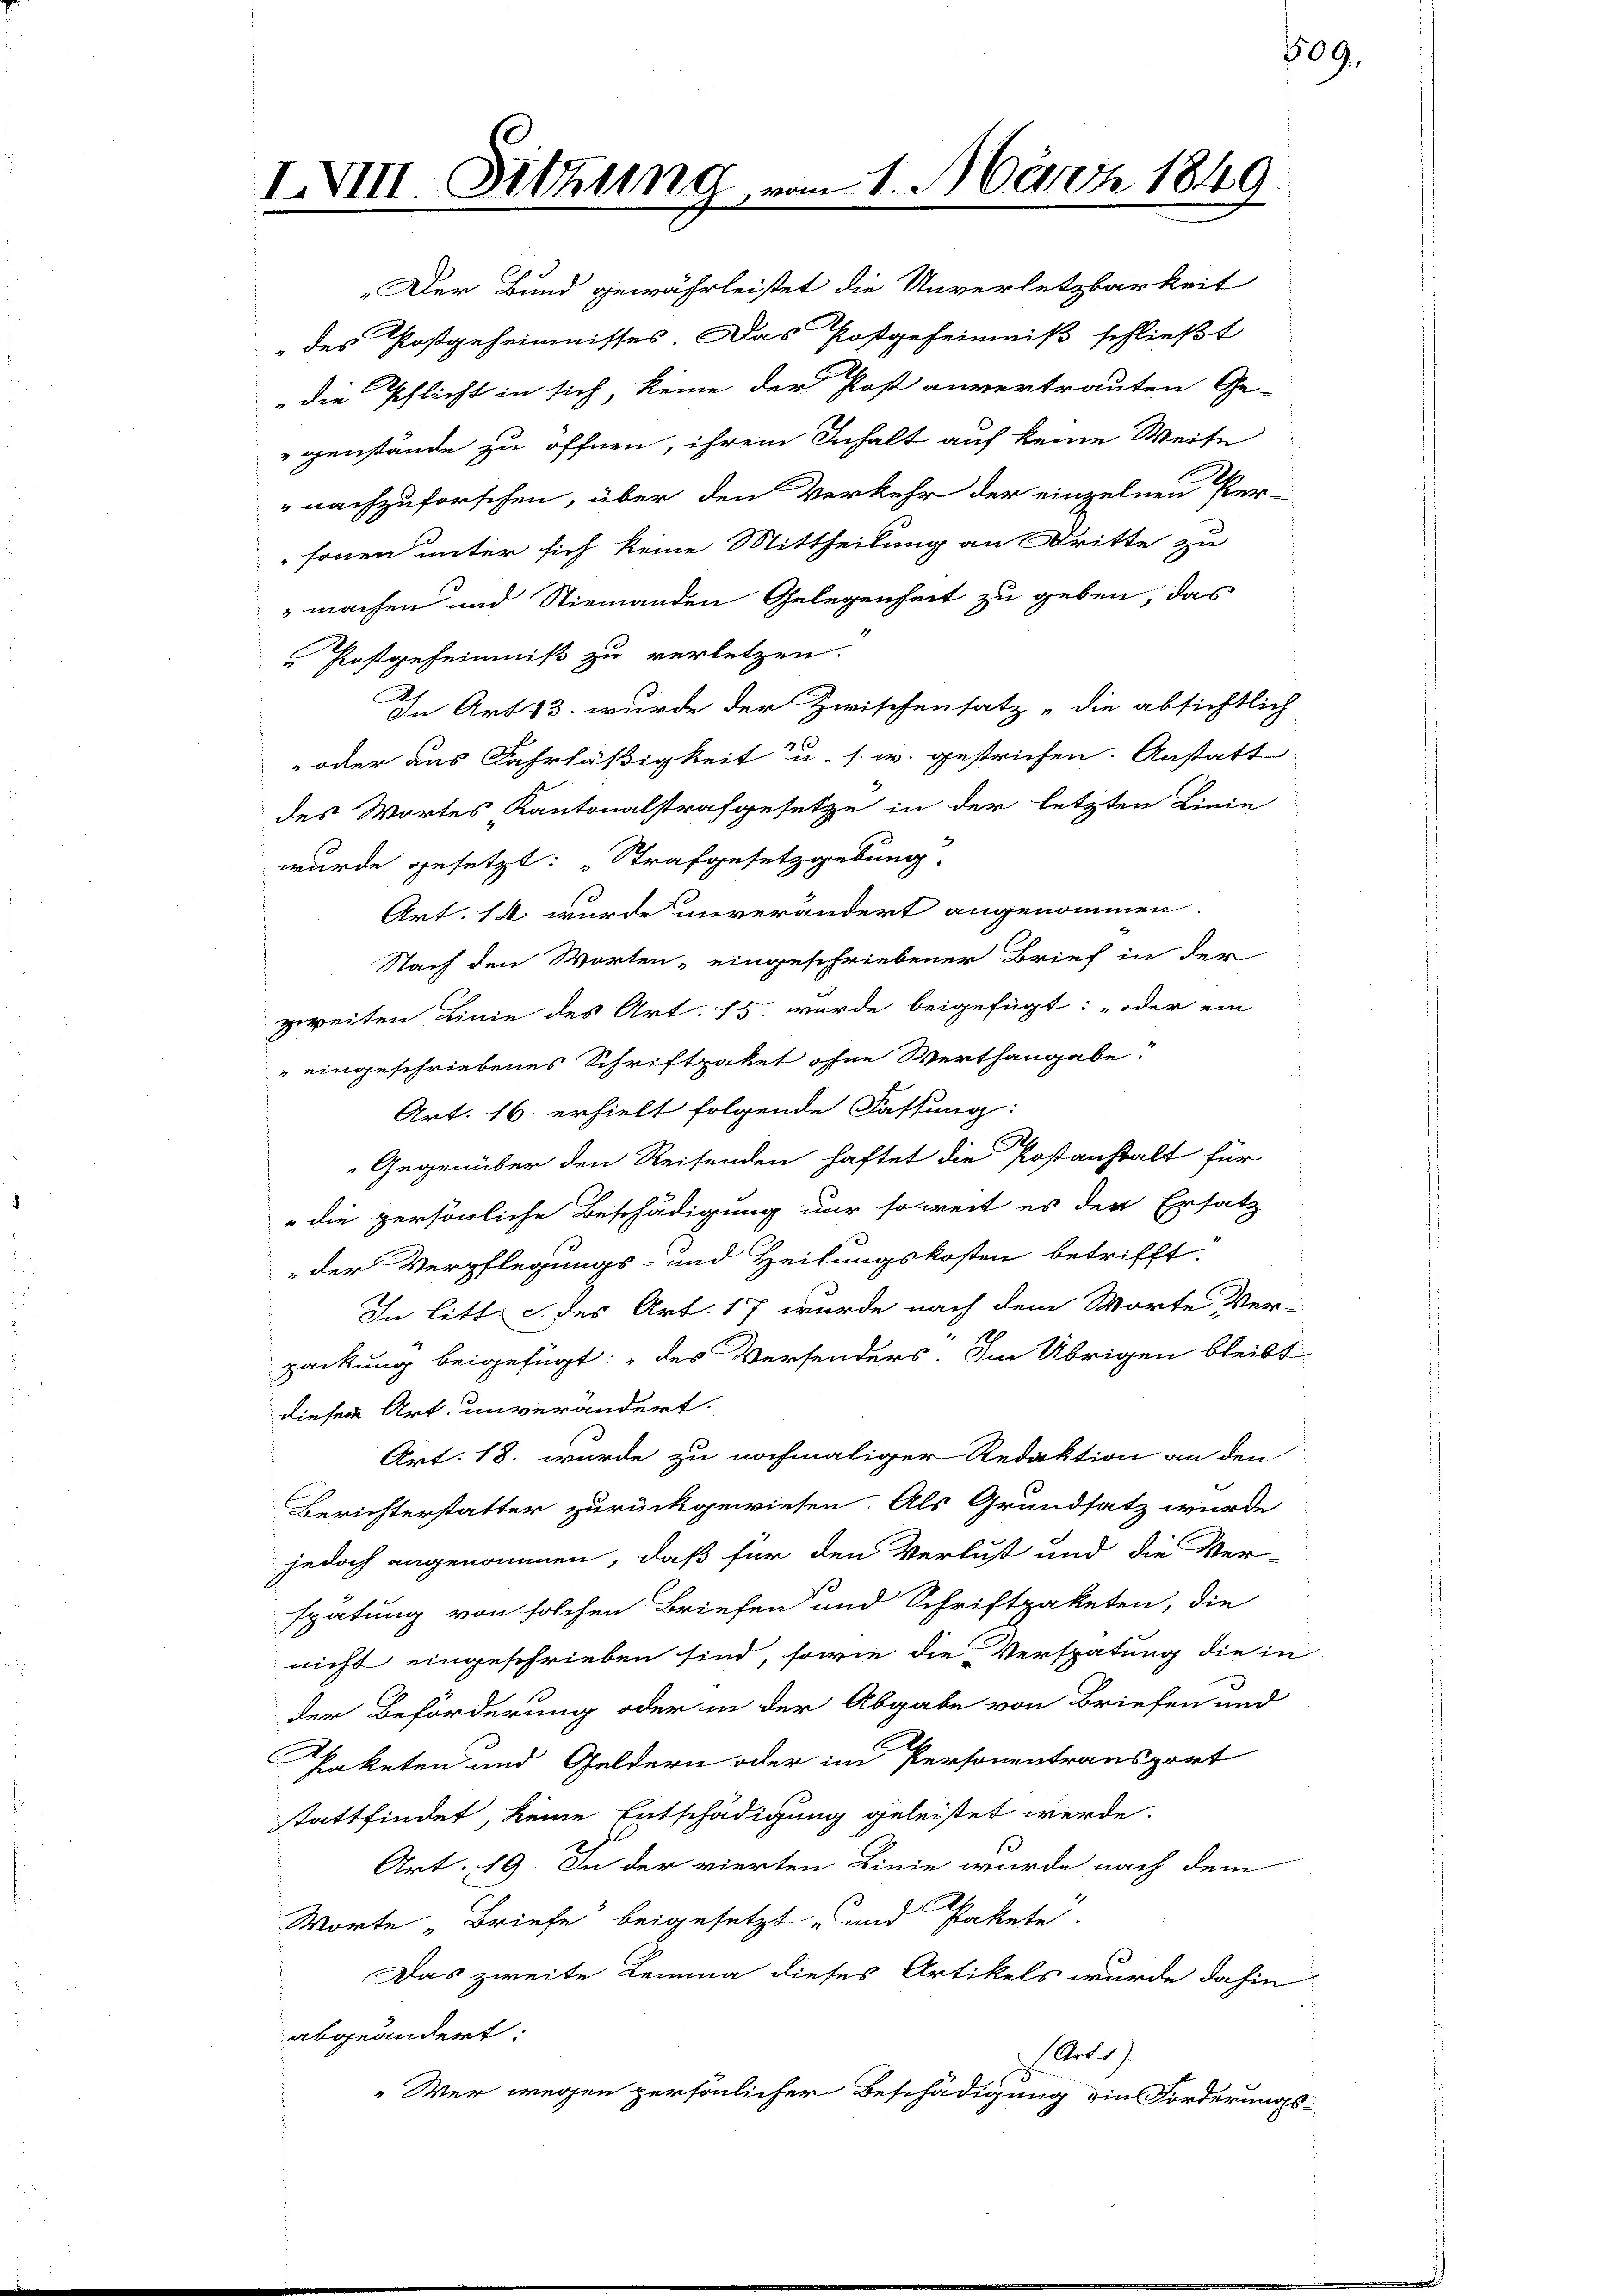
IVIII. Sitzung

2. März 1849.

„Der Bund gewährleistet die Unverletzbarkeit
des Postgeheimnisses Das Postgeheimniß schließt
die Pflicht in sich, keine der Post anvertrauten Ge-
genstände zu öffnen, ihrem Inhalt auf keine Weise
nachzuforschen, über den Verkehr der einzelnen Per-
sonen unter sich keine Mittheilung an Dritte zu
 machen und Niemanden Gelegenheit zu geben, das
Postgeheimniß zu verletzen.
In Art 13. wurde der Zwischensatz „die absichtlich
 oder aus Fahrläßigkeit u. s. w. gestrichen. Anstatt
des Wortes Kantonalstrafgesetze in der letzten Linie
wurde gesetzt: „Strafgesetzgebung.
Art. 14 wurde unverändert angenommen.
Nach den Worten - eingeschriebener Brief in der
geweiten Linie des Art. 15 wurde beigefügt: „oder ein
" eingeschriebenes Schriftpaket ohne Werthangabe
Art. 16. erhielt folgende Fassung:
Gegenüber den Reisenden haftet die Postanstalt für
" die persönliche Beschädigung nur soweit es der Ersatz
„der Verpflegungs- und Heilungskosten betrifft.
In litt. c. des Art. 17 wurde nach dem Worte Ver-
packung beigefügt: „des Versenders. Im Übrigen bleibt
dieser Art. unverändert.
Art. 18. wurde zu nochmaliger Redaktion an den
Berichterstatter zurückgewiesen. Als Grundsatz wurde
jedoch angenommen, daß für den Verlust und die Ver-
spätung von solchen Briefen und Schriftpaketen, die
nicht eingeschrieben sind, sowie die Verspätung die in
der Beförderung oder in der Abgabe von Briefen und
Paketen und Geldern oder im Personentransport
stattfindet, keine Entschädigung geleistet werde.
Art. 19. In der vierten Linie wurde nach dem
Worte „Briefe beigesetzt und Pakete.
Das zweite Lemma dieses Artikels wurde dahin
abgeändert:
 Art 1)
„Wer wegen persönlicher Beschädigung ein Forderungs-

509.